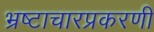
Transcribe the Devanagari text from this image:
भ्रष्टाचारप्रकरणी